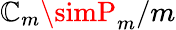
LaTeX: \mathbb{C}_{m}\simP_{m}/m